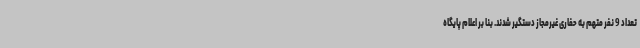
تعداد 9 نفر متهم به حفاری غیرمجاز دستگیر شدند. بنا بر اعلام پایگاه